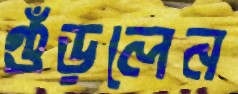
গুঁড়লেন